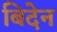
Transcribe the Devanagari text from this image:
बिदेन